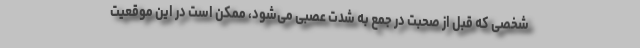
شخصی که قبل از صحبت در جمع به شدت عصبی می‌شود، ممکن است در این موقعیت